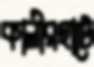
কালীরহাটে